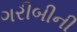
ગરીબીની